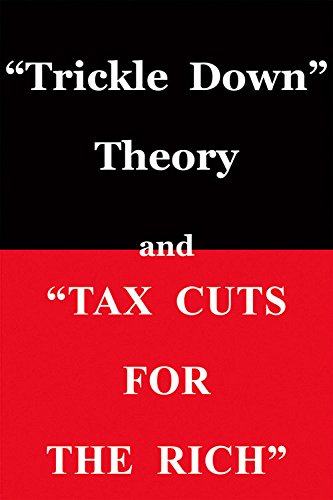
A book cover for "Trickle Down Theory" and "Tax Cuts for the Rich"; Thomas Sowell; Business & Money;